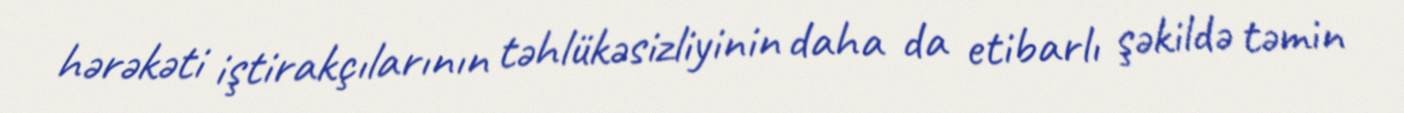
hərəkəti iştirakçılarının təhlükəsizliyinin daha da etibarlı şəkildə təmin